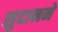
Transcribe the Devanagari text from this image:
सुदानने